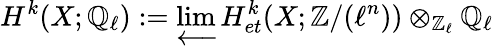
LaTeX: H^{k}(X;\mathbb{Q}_{\ell}):=\varprojlim H_{et}^{k}(X;\mathbb{Z}/(\ell^{n}))\otimes_{\mathbb{Z}_{\ell}}\mathbb{Q}_{\ell}